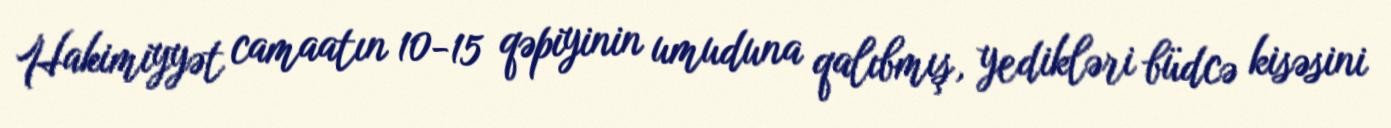
Hakimiyyət camaatın 10-15 qəpiyinin umuduna qalıbmış, yedikləri büdcə kisəsini